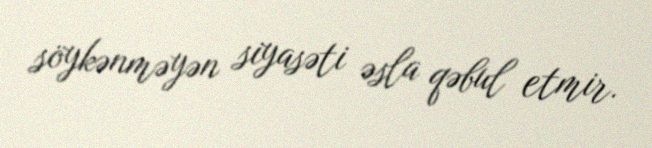
söykənməyən siyasəti əsla qəbul etmir.